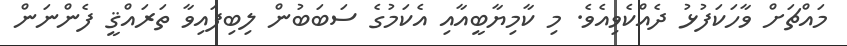
މައްޗަށް ވާހަކަފުޅު ދެއްކެވިއެވެ. މި ކާމިޔާބީއާއި އެކަމުގެ ސަބަބުން ލިބިފައިވާ ތަރައްޤީ ފެންނަން